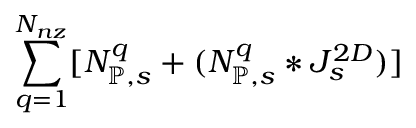
\sum _ { q = 1 } ^ { N _ { n z } } [ N _ { \mathbb { P } , s } ^ { q } + ( N _ { \mathbb { P } , s } ^ { q } * J _ { s } ^ { 2 D } ) ]